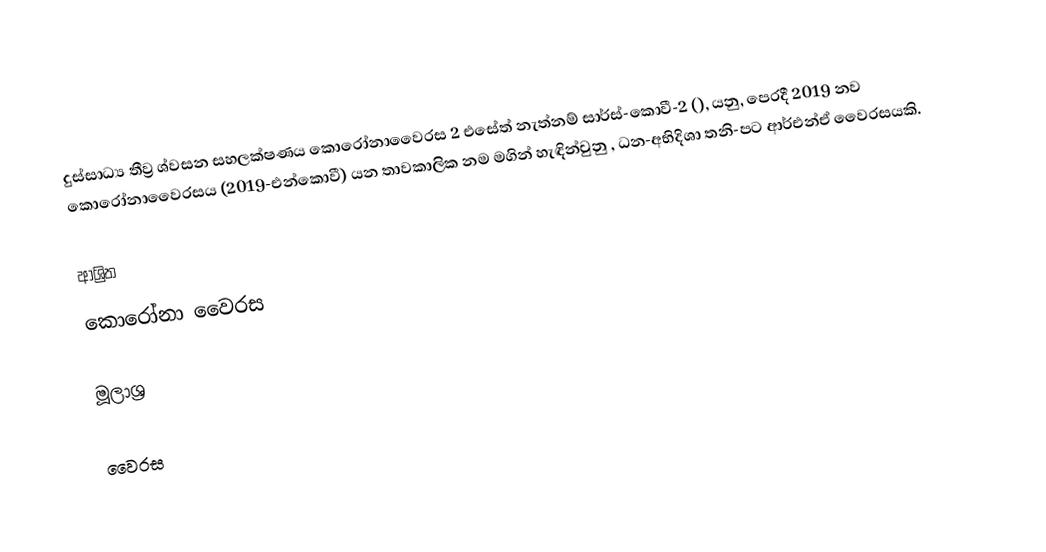
දුස්සාධ්‍ය තීව්‍ර ශ්වසන සහලක්ෂණය කොරෝනාවෛරස 2 එසේත් නැත්නම් සාර්ස්-කොවී-2 (), යනු, පෙරදී 2019 නව කොරෝනාවෛරසය (2019-එන්කොවී) යන තාවකාලික නම මගින් හැඳින්වුනු , ධන-අභිදිශා තනි-පට ආර්එන්ඒ වෛරසයකි.

ආශ්‍රිත
 කොරෝනා වෛරස

මූලාශ්‍ර

වෛරස